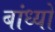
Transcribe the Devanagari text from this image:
बांध्‍यो